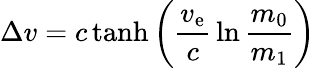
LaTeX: \Delta v=c\operatorname{tanh}\left({\frac{v_{\mathrm{e}}}{c}}\ln{\frac{m_{0}}{m_{1}}}\right)